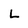
Character: L